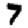
Digit: 7